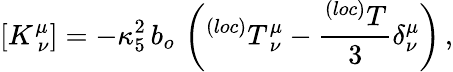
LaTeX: [K_{~\nu}^{\mu}]=-\kappa_{5}^{2}\, b_{o}\, \left(^{(loc)}T_{~\nu}^{\mu}-\frac{^{(loc)}T}{3}\delta_{\nu}^{\mu}\right)\, ,